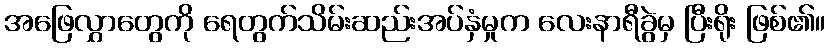
အဖြေလွှာတွေကို ရေတွက်သိမ်းဆည်းအပ်နှံမှုက လေးနာရီခွဲမှ ပြီးရိုး ဖြစ်၏။